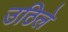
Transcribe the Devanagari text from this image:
उठिले